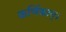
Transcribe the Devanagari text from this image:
कर्णिकान्‌।